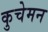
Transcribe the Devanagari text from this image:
कुचेमन